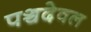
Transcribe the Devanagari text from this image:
पञ्चदेवल